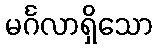
မင်္ဂလာရှိသော